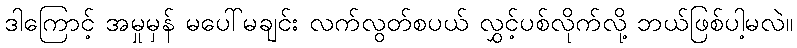
ဒါကြောင့် အမှုမှန် မပေါ်မချင်း လက်လွတ်စပယ် လွှင့်ပစ်လိုက်လို့ ဘယ်ဖြစ်ပါ့မလဲ။